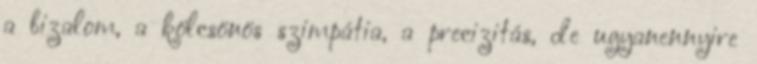
a bizalom, a kölcsönös szimpátia, a precizitás, de ugyanennyire